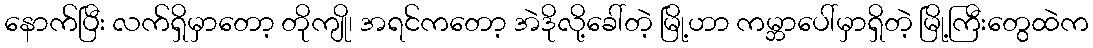
နောက်ပြီး လက်ရှိမှာတော့ တိုကျို၊ အရင်ကတော့ အဲဒိုလို့ခေါ်တဲ့ မြို့ဟာ ကမ္ဘာပေါ်မှာရှိတဲ့ မြို့ကြီးတွေထဲက